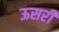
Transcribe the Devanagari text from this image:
ऊसरी